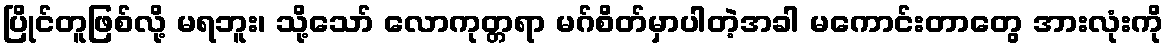
ပြိုင်တူဖြစ်လို့ မရဘူး၊ သို့သော် လောကုတ္တရာ မဂ်စိတ်မှာပါတဲ့အခါ မကောင်းတာတွေ အားလုံးကို